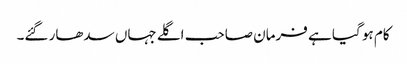
کام ہو گیا ہے فرمان صاحب اگلے جہاں سدھار گئے۔